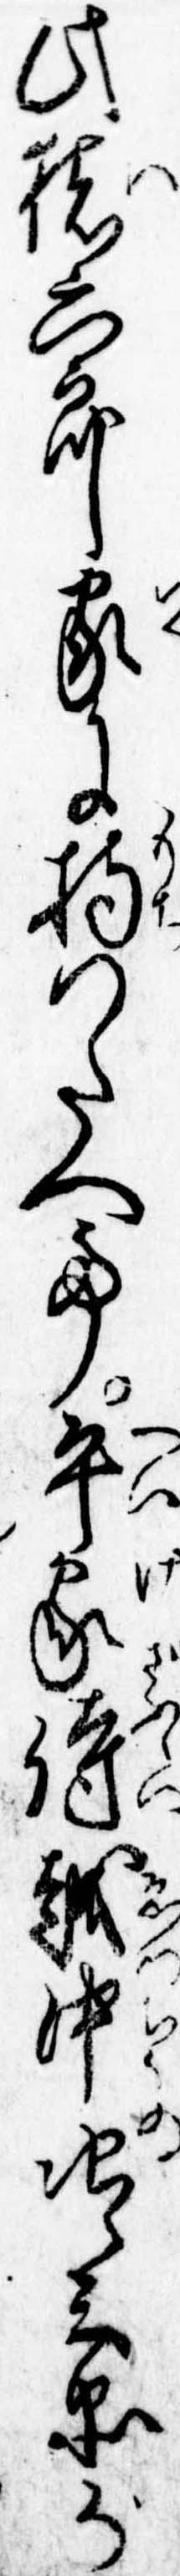
此猪六郎家に持つたへて平家侍越中次郎兵衛が